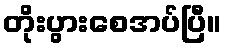
တိုးပွားစေအပ်ပြီ။